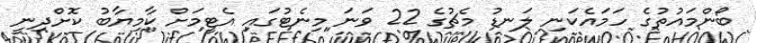
ބޯންމައުތުގެ ހަމައެކަނި ލަނޑު މެޗުގެ 22 ވަނަ މިނެޓުގައި އެޓީމަށް ކާމިޔާބު ކޮށްދިނީ